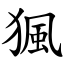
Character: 猦